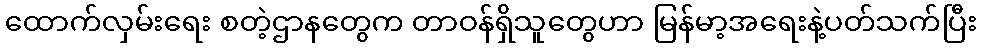
ထောက်လှမ်းရေး စတဲ့ဌာနတွေက တာဝန်ရှိသူတွေဟာ မြန်မာ့အရေးနဲ့ပတ်သက်ပြီး